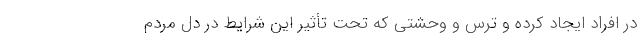
در افراد ایجاد کرده و ترس و وحشتی که تحت تأثیر این شرایط در دل مردم